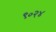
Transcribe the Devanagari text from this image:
९०२४